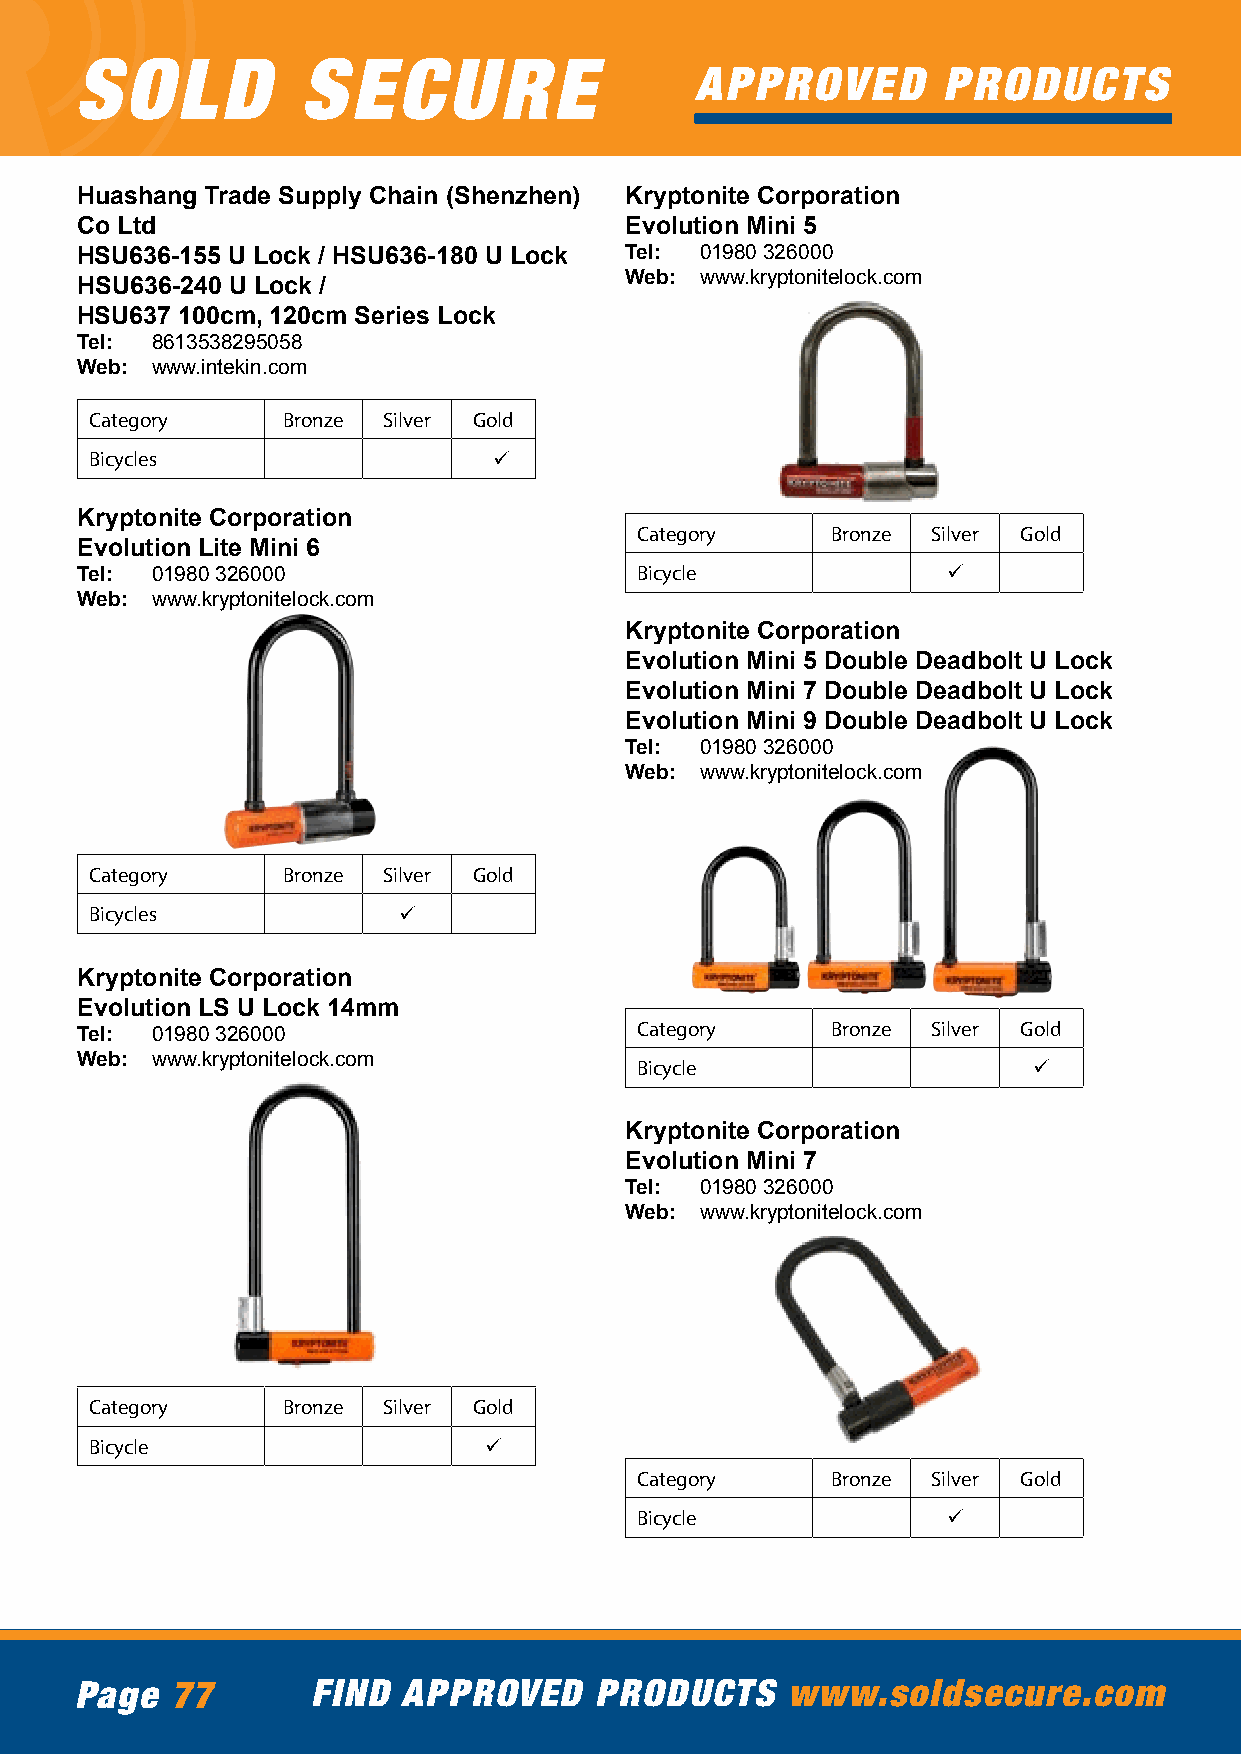
SOLD           SECURE
 APPROVED        PRODUCTS
 Huashang Trade Supply Chain (Shenzhen) Kryptonite Corporation
 Co Ltd                              Evolution Mini 5
 HSU636-155 U Lock / HSU636-180 U Lock Tel: 01980 326000
 Web: www.kryptonitelock.com
 HSU636-240 U Lock /
 HSU637 100cm, 120cm Series Lock
 Tel: 8613538295058
 Web: www.intekin.com
 Category     Bronze Silver Gold
 Bicycles                   ü
 Kryptonite Corporation
 Category     Bronze Silver Gold
 Evolution Lite Mini 6
 Tel: 01980 326000                    Bicycle              ü
 Web: www.kryptonitelock.com
 Kryptonite Corporation
 Evolution Mini 5 Double Deadbolt U Lock
 Evolution Mini 7 Double Deadbolt U Lock
 Evolution Mini 9 Double Deadbolt U Lock
 Tel: 01980 326000
 Web: www.kryptonitelock.com
 Category     Bronze Silver Gold
 Bicycles            ü
 Kryptonite Corporation
 Evolution LS U Lock 14mm
 Category     Bronze Silver Gold
 Tel: 01980 326000
 Web: www.kryptonitelock.com
 Bicycle                   ü
 Kryptonite Corporation
 Evolution Mini 7
 Tel: 01980 326000
 Web: www.kryptonitelock.com
 Category     Bronze Silver Gold
 Bicycle                   ü
 Category     Bronze Silver Gold
 Bicycle              ü
 Page  77        FIND  APPROVED    PRODUCTS     www.soldsecure.com